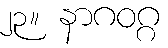
၂၃။ နာဂဝဂ္ဂ